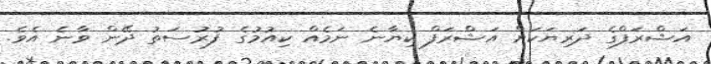
އަޝްރަފްގެ ދަރިޔަކަށް އަޝްރަފް ކިޔާނެ ނަމެއް ކިއުމުގެ ފުރުސަތު ދޭން ވާނެ އެވެ.